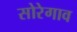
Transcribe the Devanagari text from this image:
सोरेगाव